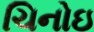
ચિનોઇ